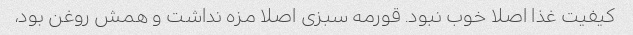
کیفیت غذا اصلا خوب نبود. قورمه سبزی اصلا مزه نداشت و همش روغن بود،